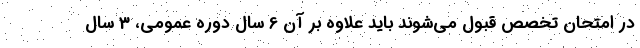
در امتحان تخصص قبول می‌شوند باید علاوه بر آن 6 سال دوره عمومی، 3 سال